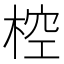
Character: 椌